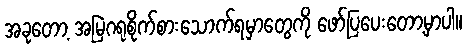
အခုတော့ အမြဲဂရုစိုက်စားသောက်ရမှာတွေကို ဖော်ပြပေးတော့မှာပါ။